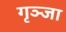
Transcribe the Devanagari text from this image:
गृञ्जा